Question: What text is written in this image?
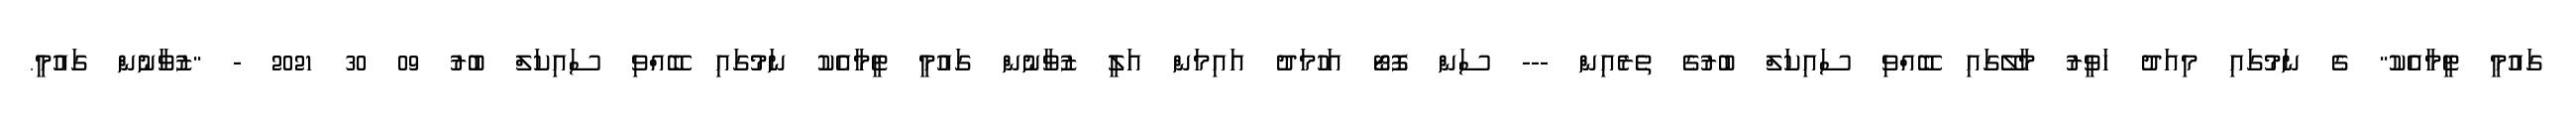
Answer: ގައުމީ ޓީމާއެކު" ގެ ނަމުގައި މިއަދު ހަވީރު މާލޭގައި ބޭއްވި ސައިކަލް ބުރުގެ ތެރެއިން --- ސަން ފޮޓޯ އަހުމަދު އައިމަން އަލީ ޒުވާނުން ގައުމީ ޓީމާއެކު ނަމުގައި ބޭއްވި ސައިކަލް ބުރު 09 30 2021 - "ޒުވާނުން ގައުމީ.